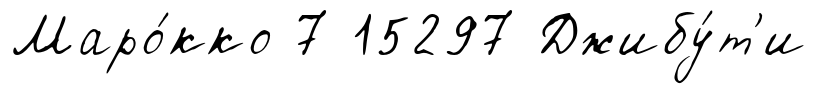
Маро́кко 7 15297 Джибу́т'и